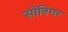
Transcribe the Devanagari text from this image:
सोनिगर